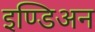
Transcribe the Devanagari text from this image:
इण्डिअन